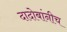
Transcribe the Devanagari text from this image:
दादोबांनीच